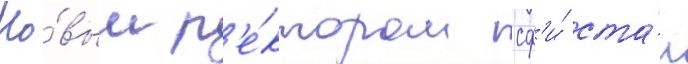
Но́вым р'е́ктором сф'и́ ста́л